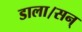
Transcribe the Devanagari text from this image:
डाला।सन्